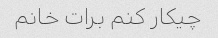
چیکار کنم برات خانم